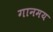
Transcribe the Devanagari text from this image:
गानमय